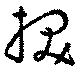
抜